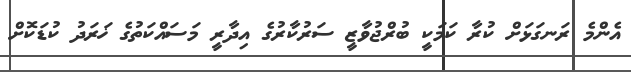
އެންމެ ރަނގަޅަށް ކުރާ ކަމަކީ ބުރްޖުވާޒީ ސަރުކާރުގެ އިދާރީ މަސައްކަތުގެ ޚަރަދު ކުޑަކޮށް